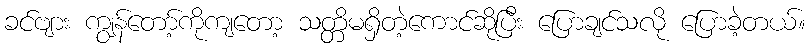
ခင်ဗျား ကျွန်တော့်ကိုကျတော့ သတ္တိမရှိတဲ့ကောင်ဆိုပြီး ပြောချင်သလို ပြောခဲ့တယ်။